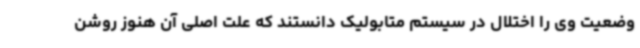
وضعیت وی را اختلال در سیستم متابولیک دانستند که علت اصلی آن هنوز روشن